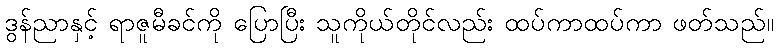
ဒွန်ညာနှင့် ရာဇူမီခင်ကို ပြောပြီး သူကိုယ်တိုင်လည်း ထပ်ကာထပ်ကာ ဖတ်သည်။